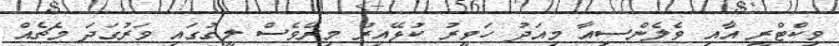
ވިކްޓްރީ އާއި ވެލެންސިއާ މިއަދު ހަވީރު ކުޅޭއިރު މިރޭވެސް ލީގުގައި ވަރުގަދަ މެޗެއް